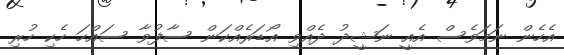
އެހެން ނަމަވެސް އެއީ ނަޝީދު ދެއްވި އޯޑަރެއްކަން ސާފުވާ ސައްހަ ހެކި ހުރި